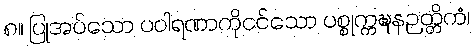
၈။ ပြုအပ်သော ပဝါရဏာကိုငင်သော ပစ္စုက္ကဍ္ဎနဉတ္တိကံ၊